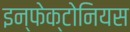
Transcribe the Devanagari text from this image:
इन्फेक्टोनियस